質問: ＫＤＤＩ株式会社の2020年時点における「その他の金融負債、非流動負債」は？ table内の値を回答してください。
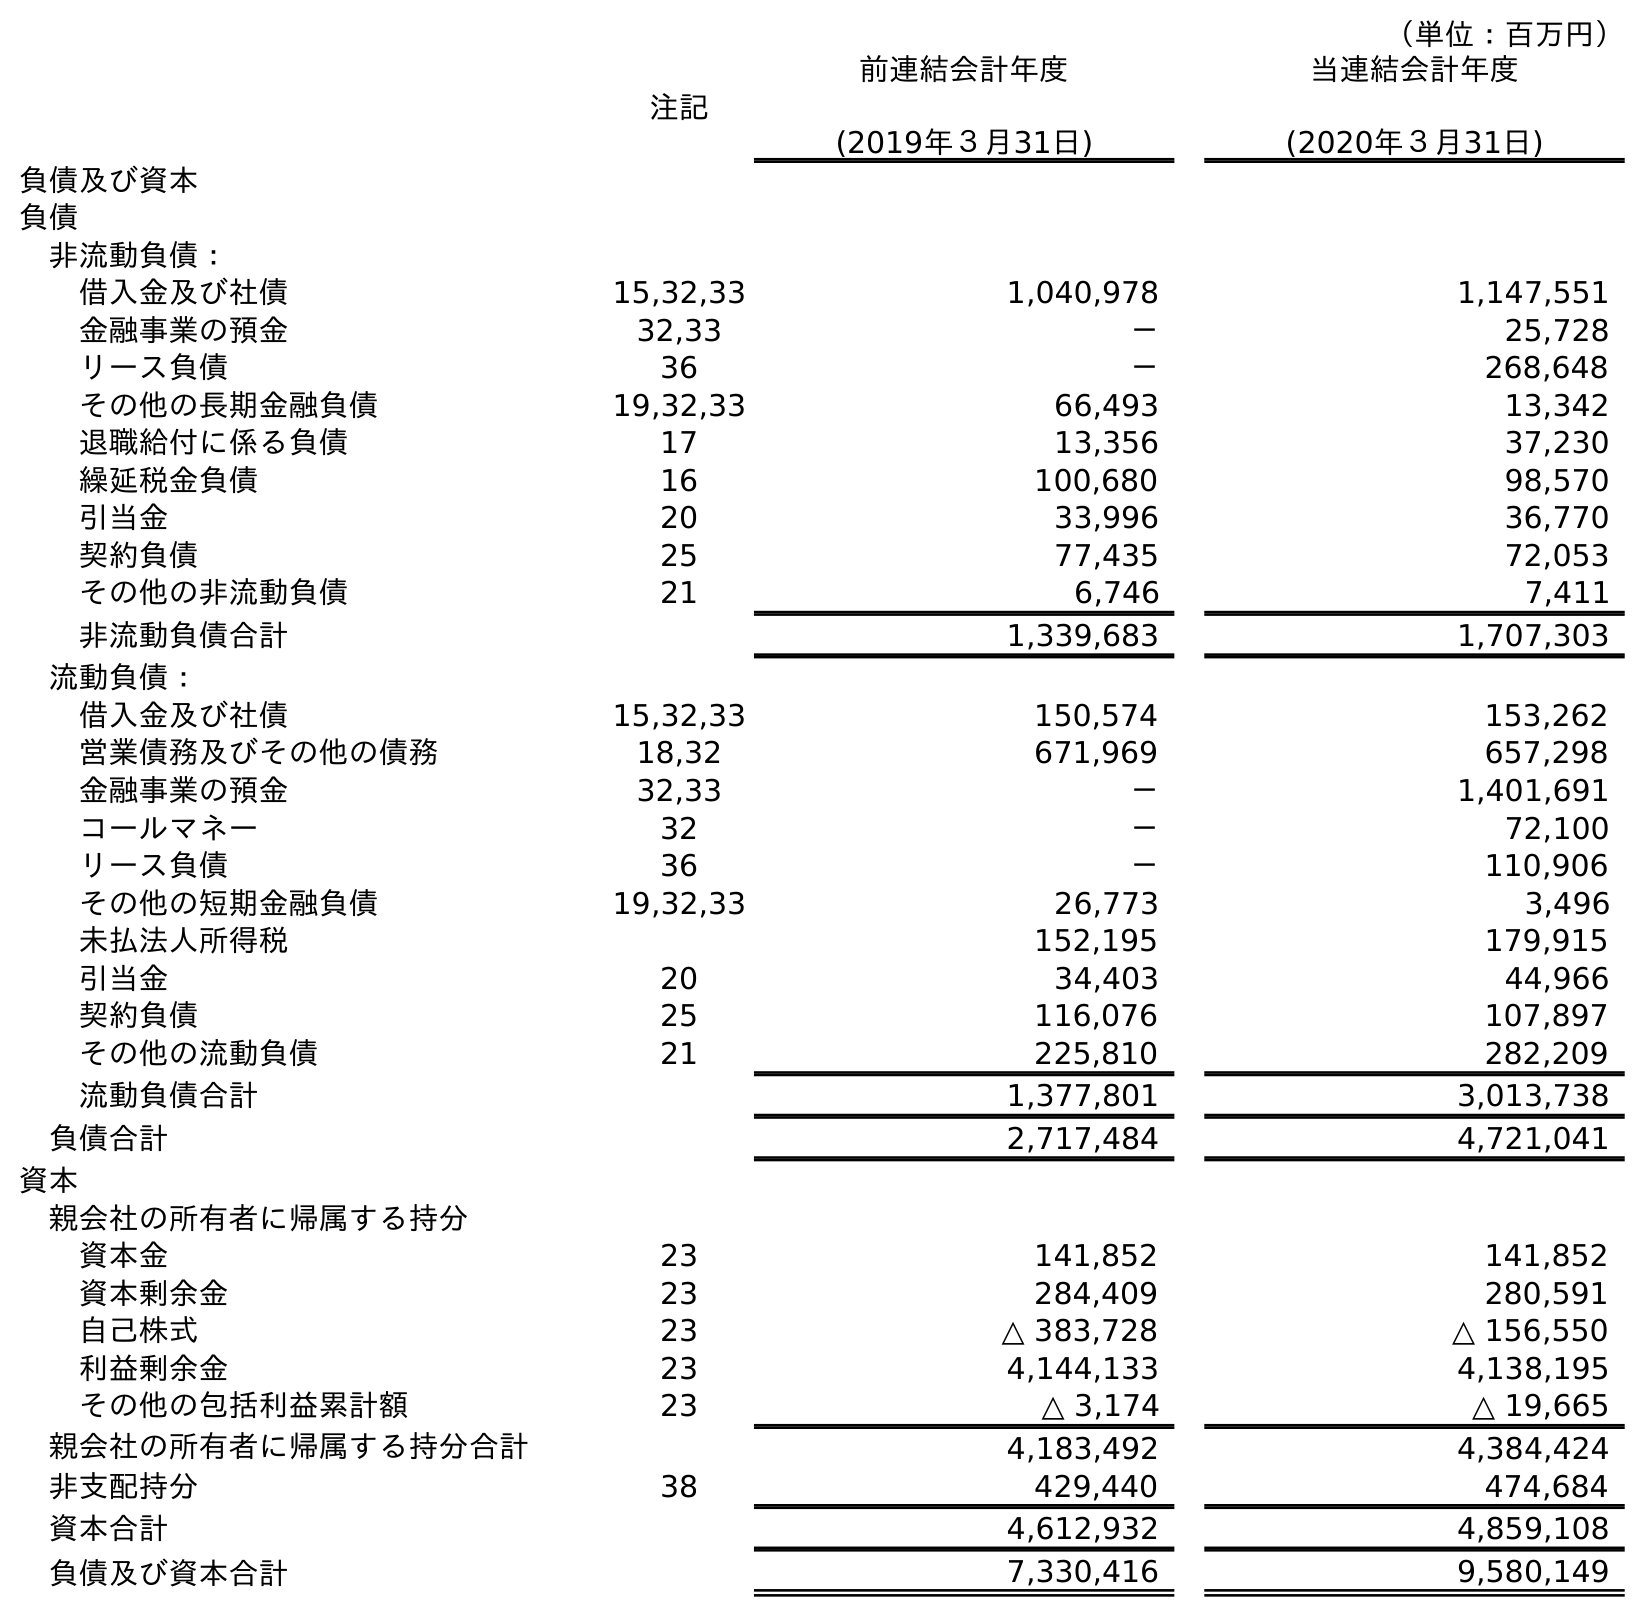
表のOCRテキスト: （単位：百万円） 注記 前連結会計年度 (2019年３月31日) 当連結会計年度 (2020年３月31日) 負債及び資本 負債 非流動負債： 借入金及び社債 15,32,33 1,040,978 1,147,551 金融事業の預金 32,33 － 25,728 リース負債 36 － 268,648 その他の長期金融負債 19,32,33 66,493 13,342 退職給付に係る負債 17 13,356 37,230 繰延税金負債 16 100,680 98,570 引当金 20 33,996 36,770 契約負債 25 77,435 72,053 その他の非流動負債 21 6,746 7,411 非流動負債合計 1,339,683 1,707,303 流動負債： 借入金及び社債 15,32,33 150,574 153,262 営業債務及びその他の債務 18,32 671,969 657,298 金融事業の預金 32,33 － 1,401,691 コールマネー 32 － 72,100 リース負債 36 － 110,906 その他の短期金融負債 19,32,33 26,773 3,496 未払法人所得税 152,195 179,915 引当金 20 34,403 44,966 契約負債 25 116,076 107,897 その他の流動負債 21 225,810 282,209 流動負債合計 1,377,801 3,013,738 負債合計 2,717,484 4,721,041 資本 親会社の所有者に帰属する持分 資本金 23 141,852 141,852 資本剰余金 23 284,409 280,591 自己株式 23 △ 383,728 △ 156,550 利益剰余金 23 4,144,133 4,138,195 その他の包括利益累計額 23 △ 3,174 △ 19,665 親会社の所有者に帰属する持分合計 4,183,492 4,384,424 非支配持分 38 429,440 474,684 資本合計 4,612,932 4,859,108 負債及び資本合計 7,330,416 9,580,149
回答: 13,342